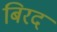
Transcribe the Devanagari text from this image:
बिरद